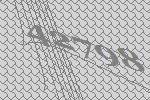
42798